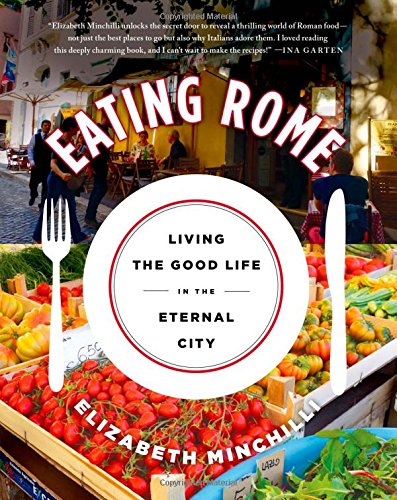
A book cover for Eating Rome: Living the Good Life in the Eternal City; Elizabeth Minchilli; Cookbooks, Food & Wine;